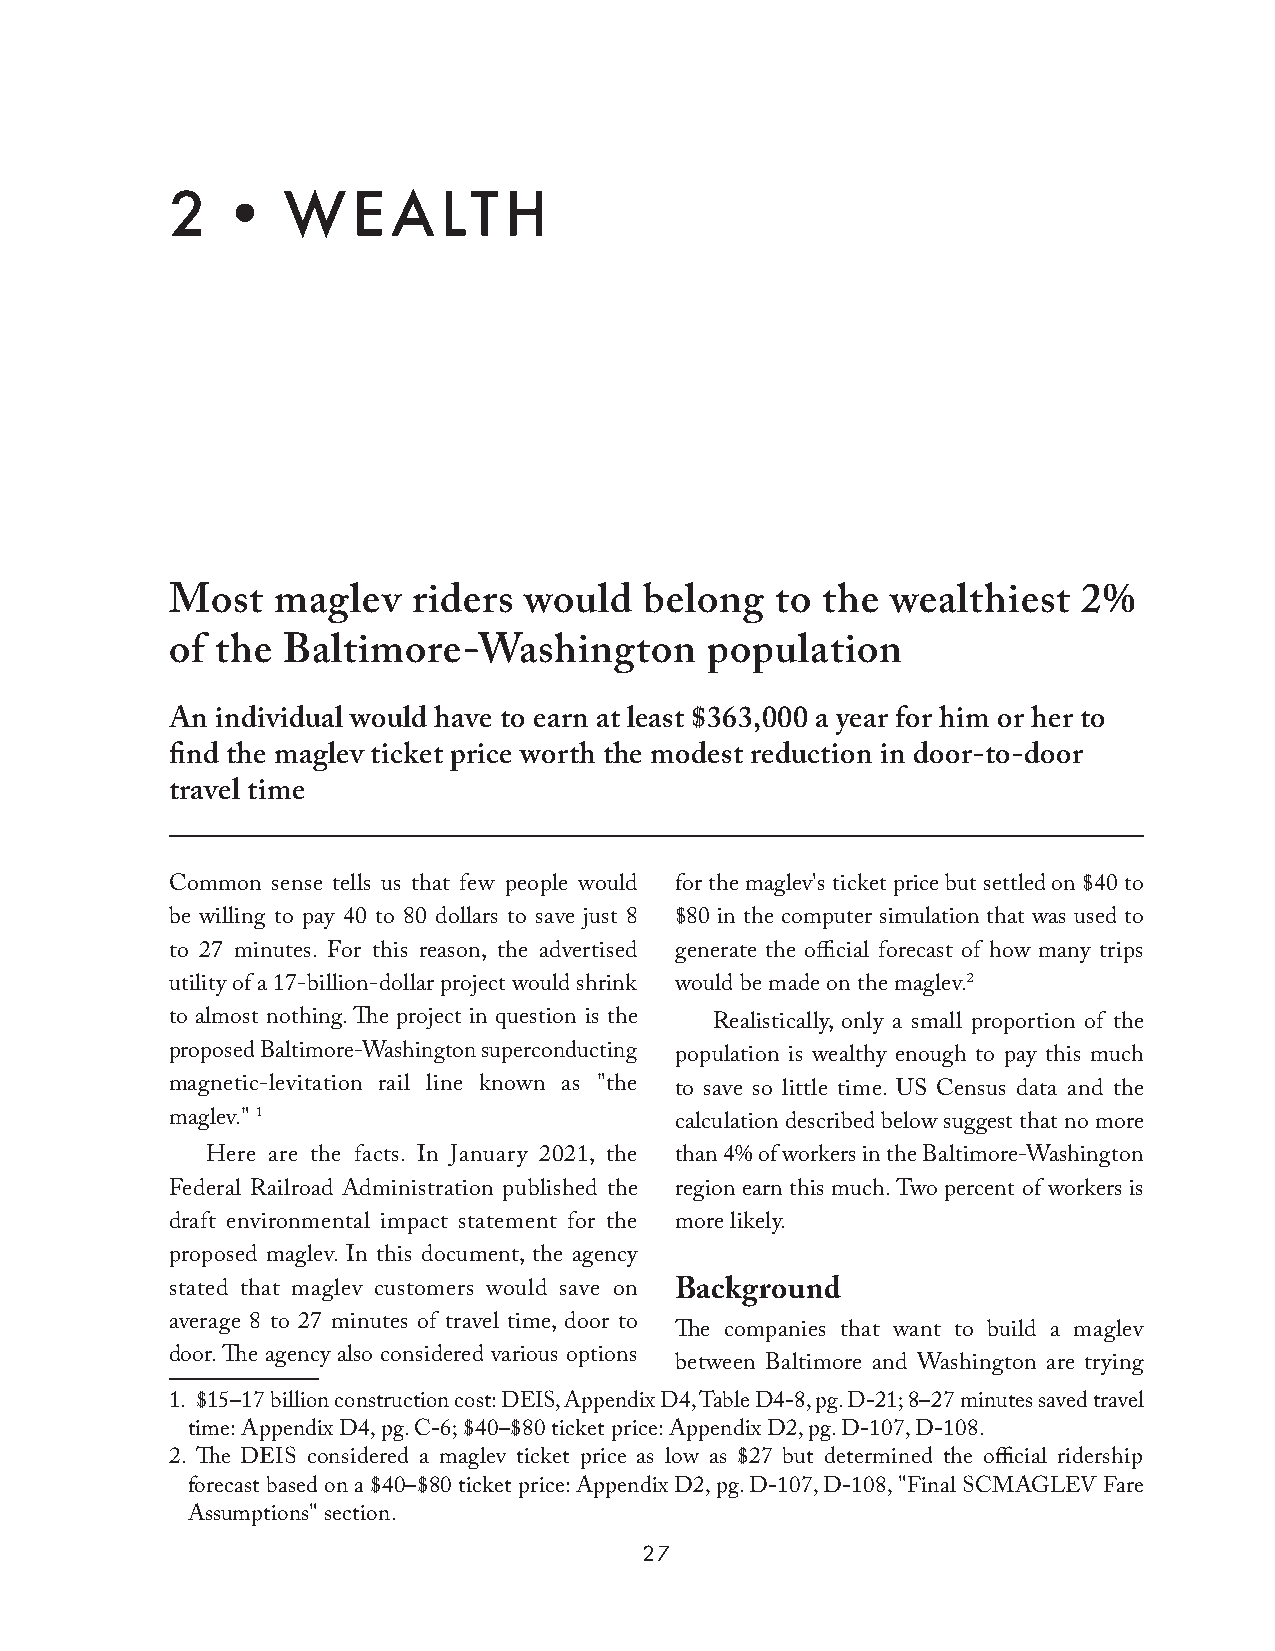
2•WEALTH
 Most   maglev   riders  would   belong  to the  wealthiest   2%
 of the  Baltimore-Washington        population
 An individual would have to earn at least $363,000 a year for him or her to
 find the maglev ticket price worth the modest reduction in door-to-door
 travel time
 Common sense tells us that few people would for the maglev's ticket price but settled on $40 to
 be willing to pay 40 to 80 dollars to save just 8 $80 in the computer simulation that was used to
 to 27 minutes. For this reason, the advertised generate the official forecast of how many trips
 utility of a 17-billion-dollar project would shrink would be made on the maglev.2
 to almost nothing. The project in question is the Realistically, only a small proportion of the
 proposed Baltimore-Washington superconducting population is wealthy enough to pay this much
 magnetic-levitation rail line known as "the to save so little time. US Census data and the
 maglev." 1                        calculation described below suggest that no more
 Here are the facts. In January 2021, the than 4% of workers in the Baltimore-Washington
 Federal Railroad Administration published the region earn this much. Two percent of workers is
 draft environmental impact statement for the more likely.
 proposed maglev. In this document, the agency
 stated that maglev customers would save on Background
 average 8 to 27 minutes of travel time, door to
 The companies that want to build a maglev
 door. The agency also considered various options
 between Baltimore and Washington are trying
 1. $15–17 billion construction cost: DEIS, Appendix D4, Table D4-8, pg. D-21; 8–27 minutes saved travel
 time: Appendix D4, pg. C-6; $40–$80 ticket price: Appendix D2, pg. D-107, D-108.
 2. The DEIS considered a maglev ticket price as low as $27 but determined the official ridership
 forecast based on a $40–$80 ticket price: Appendix D2, pg. D-107, D-108, "Final SCMAGLEV Fare
 Assumptions" section.
 27